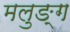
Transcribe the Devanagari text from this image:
मलुङ्ग